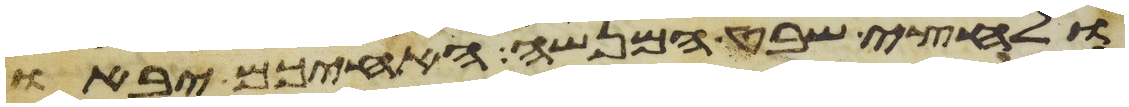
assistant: ולחצי שבט המנשה האחיכם יבאו